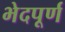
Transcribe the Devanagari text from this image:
भेदपूर्ण